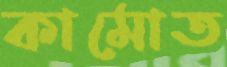
কামোত